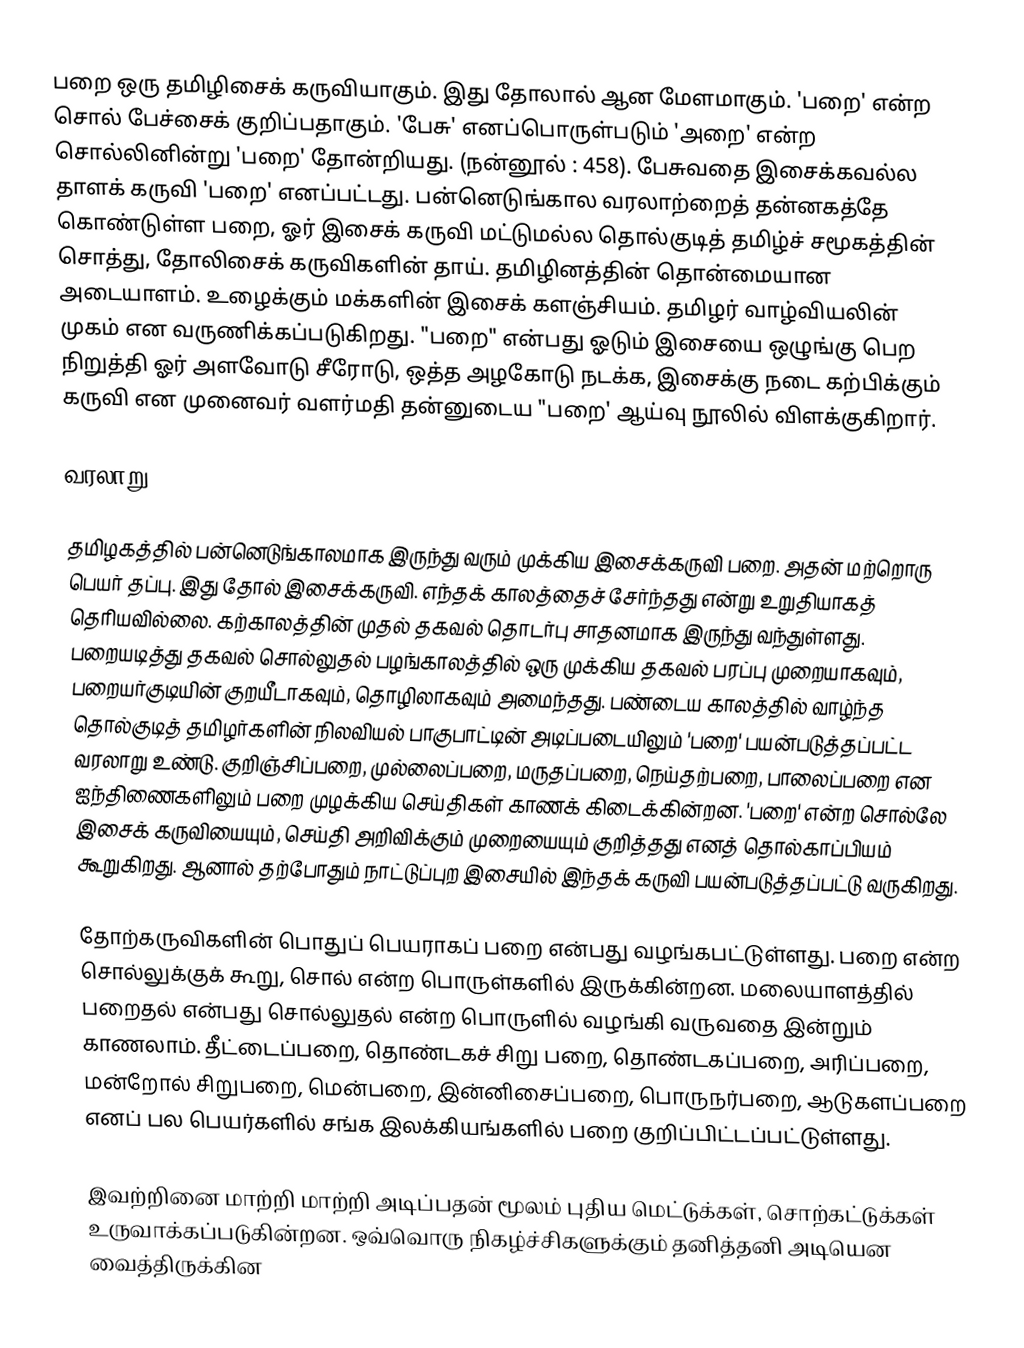
பறை ஒரு தமிழிசைக் கருவியாகும்.  இது தோலால் ஆன மேளமாகும். 'பறை' என்ற சொல் பேச்சைக் குறிப்பதாகும். 'பேசு' எனப்பொருள்படும் 'அறை' என்ற சொல்லினின்று 'பறை' தோன்றியது. (நன்னூல் : 458). பேசுவதை இசைக்கவல்ல தாளக் கருவி 'பறை' எனப்பட்டது. பன்னெடுங்கால வரலாற்றைத் தன்னகத்தே கொண்டுள்ள பறை, ஓர் இசைக் கருவி மட்டுமல்ல தொல்குடித் தமிழ்ச் சமூகத்தின் சொத்து, தோலிசைக் கருவிகளின் தாய். தமிழினத்தின் தொன்மையான அடையாளம். உழைக்கும் மக்களின் இசைக் களஞ்சியம். தமிழர் வாழ்வியலின் முகம் என வருணிக்கப்படுகிறது. "பறை" என்பது ஓடும் இசையை ஒழுங்கு பெற நிறுத்தி ஓர் அளவோடு சீரோடு, ஒத்த அழகோடு நடக்க, இசைக்கு நடை கற்பிக்கும் கருவி என முனைவர் வளர்மதி தன்னுடைய "பறை' ஆய்வு நூலில் விளக்குகிறார்.

வரலாறு

தமிழகத்தில் பன்னெடுங்காலமாக இருந்து வரும் முக்கிய இசைக்கருவி பறை. அதன் மற்றொரு பெயர் தப்பு. இது தோல் இசைக்கருவி. எந்தக் காலத்தைச் சேர்ந்தது என்று உறுதியாகத் தெரியவில்லை. கற்காலத்தின் முதல் தகவல் தொடர்பு சாதனமாக இருந்து வந்துள்ளது. பறையடித்து தகவல் சொல்லுதல் பழங்காலத்தில் ஒரு முக்கிய தகவல் பரப்பு முறையாகவும், பறையர்குடியின் குறயீடாகவும், தொழிலாகவும் அமைந்தது. பண்டைய காலத்தில் வாழ்ந்த தொல்குடித் தமிழர்களின் நிலவியல் பாகுபாட்டின் அடிப்படையிலும் 'பறை' பயன்படுத்தப்பட்ட வரலாறு உண்டு. குறிஞ்சிப்பறை, முல்லைப்பறை, மருதப்பறை, நெய்தற்பறை, பாலைப்பறை என ஐந்திணைகளிலும் பறை முழக்கிய செய்திகள் காணக் கிடைக்கின்றன. 'பறை' என்ற சொல்லே இசைக் கருவியையும், செய்தி அறிவிக்கும் முறையையும் குறித்தது எனத் தொல்காப்பியம் கூறுகிறது. ஆனால் தற்போதும் நாட்டுப்புற இசையில் இந்தக் கருவி பயன்படுத்தப்பட்டு வருகிறது.

தோற்கருவிகளின் பொதுப் பெயராகப் பறை என்பது வழங்கபட்டுள்ளது. பறை என்ற சொல்லுக்குக் கூறு, சொல் என்ற பொருள்களில் இருக்கின்றன. மலையாளத்தில் பறைதல் என்பது சொல்லுதல் என்ற பொருளில் வழங்கி வருவதை இன்றும் காணலாம். தீட்டைப்பறை, தொண்டகச் சிறு பறை, தொண்டகப்பறை, அரிப்பறை, மன்றோல் சிறுபறை, மென்பறை, இன்னிசைப்பறை, பொருநர்பறை, ஆடுகளப்பறை எனப் பல பெயர்களில் சங்க இலக்கியங்களில் பறை குறிப்பிட்டப்பட்டுள்ளது.

இவற்றினை மாற்றி மாற்றி அடிப்பதன் மூலம் புதிய மெட்டுக்கள், சொற்கட்டுக்கள் உருவாக்கப்படுகின்றன. ஒவ்வொரு நிகழ்ச்சிகளுக்கும் தனித்தனி அடியென வைத்திருக்கின